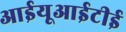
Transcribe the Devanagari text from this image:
आईयूआईटीई